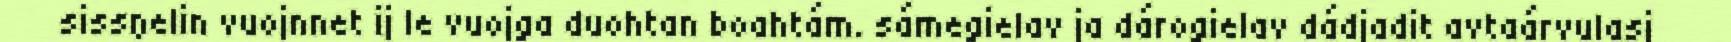
sissŋelin vuojnnet ij le vuojga duohtan boahtám. sámegielav ja dárogielav dádjadit avtaárvulasj